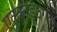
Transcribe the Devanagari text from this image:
एक्काडूठंगळ